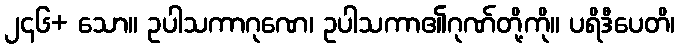
၂၄၆+ သော။ ဥပါသကာဂုဏေ၊ ဥပါသကာ၏ဂုဏ်တို့ကို။ ပရိဒီပေတိ၊